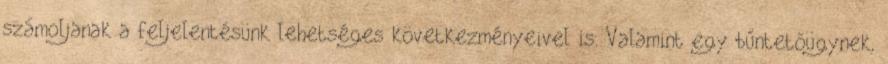
számoljanak a feljelentésünk lehetséges következményeivel is. Valamint egy bűntetőügynek,